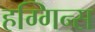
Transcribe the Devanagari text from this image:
हग्गिन्स